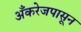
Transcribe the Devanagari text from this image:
अँकरेजपासून